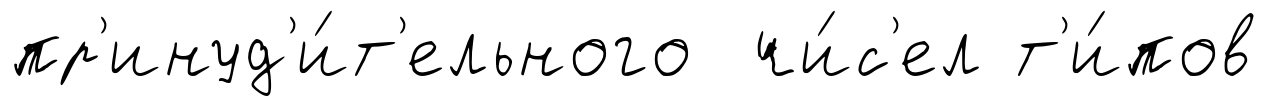
пр'инуд'и́т'ельного чи́с'ел т'и́пов